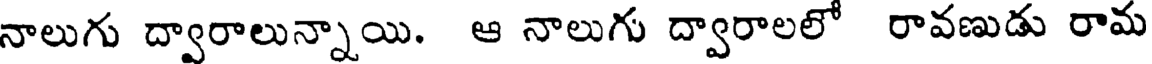
నాలుగు ద్వారాలున్నాయి. ఆ నాలుగు ద్వారాలలో రావణుడు రామ